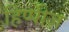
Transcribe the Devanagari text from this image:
हिप्पीज़